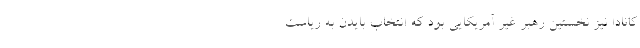
کانادا نیز نخستین رهبر غیر آمریکایی بود که انتخاب بایدن به ریاست